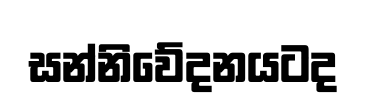
සන්නිවේදනයටද